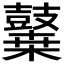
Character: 𪔬